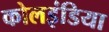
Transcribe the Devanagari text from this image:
कोलइंडिया